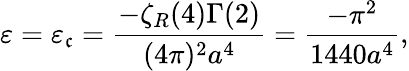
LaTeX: \varepsilon=\varepsilon_{\mathfrak{c}}=\frac{{-\zeta_{R}(4)\Gamma(2)}}{{(4\pi)^{2}a^{4}}}=\frac{{-\pi^{2}}}{{1440a^{4}}},